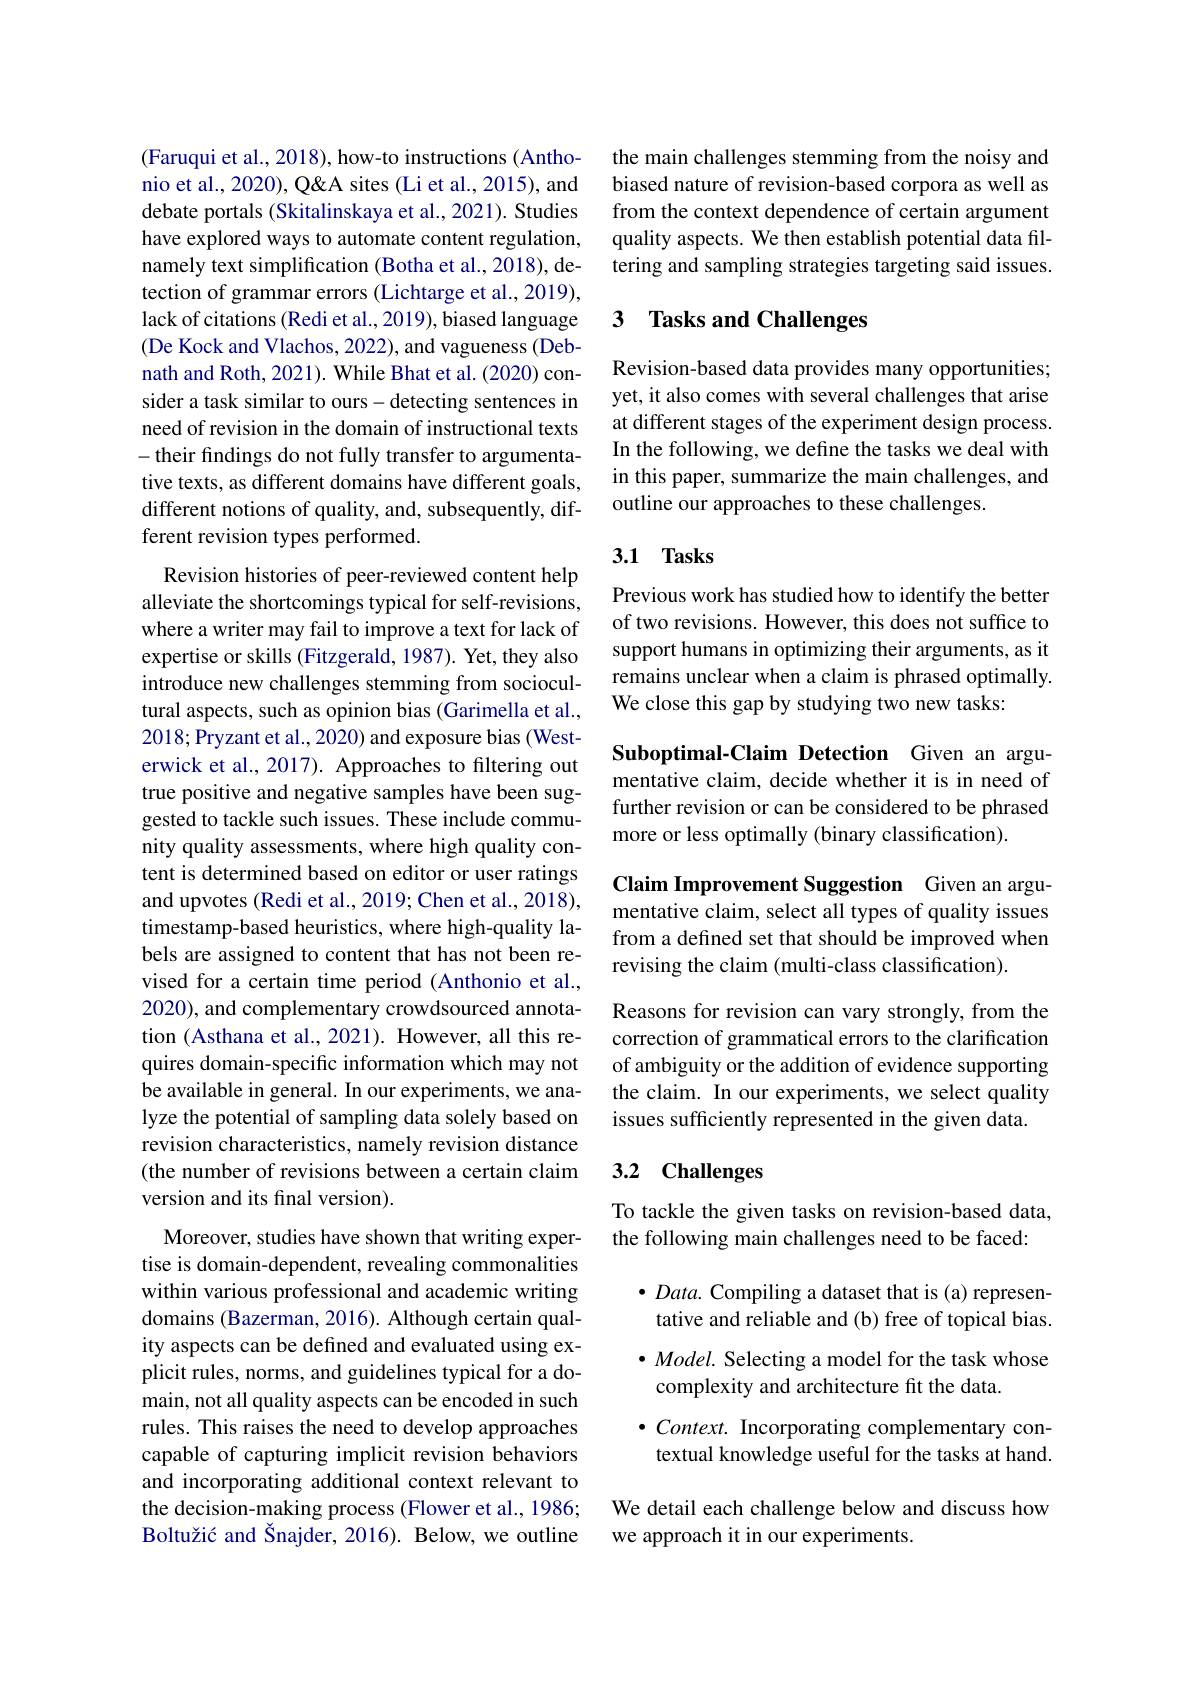
(Faruqui et al., 2018), how-to instructions (Anthonio et al., 2020), Q'' sites (Li et al., 2015), and debate portals (Skitalinskaya et al., 2021). Studies have explored ways to automate content regulation, namely text simplification (Botha et al., 2018), detection of grammar errors (Lichtarge et al., 2019), lack of citations (Redi et al., 2019), biased language (De Kock and Vlachos, 2022), and vagueness (Debnath and Roth, 2021). While Bhat et al. (2020) consider a task similar to ours-detecting sentences in need of revision in the domain of instructional texts -their findings do not fully transfer to argumentative texts, as different domains have different goals, different notions of quality, and, subsequently, different revision types performed.

Revision histories of peer-reviewed content help alleviate the shortcomings typical for self-revisions, where a writer may fail to improve a text for lack of expertise or skills (Fitzgerald, 1987). Yet, they also introduce new challenges stemming from sociocultural aspects, such as opinion bias (Garimella et al., 2018; Pryzant et al., 2020) and exposure bias (Westerwick et al., 2017). Approaches to filtering out true positive and negative samples have been suggested to tackle such issues. These include community quality assessments, where high quality content is determined based on editor or user ratings and upvotes (Redi et al., 2019; Chen et al., 2018), timestamp-based heuristics, where high-quality labels are assigned to content that has not been revised for a certain time period (Anthonio et al., 2020), and complementary crowdsourced annotation (Asthana et al., 2021). However, all this requires domain-specific information which may not be available in general. In our experiments, we analyze the potential of sampling data solely based on revision characteristics, namely revision distance (the number of revisions between a certain claim version and its final version).

Moreover, studies have shown that writing expertise is domain-dependent, revealing commonalities within various professional and academic writing domains (Bazerman, 2016). Although certain quality aspects can be defined and evaluated using explicit rules, norms, and guidelines typical for a domain, not all quality aspects can be encoded in such rules. This raises the need to develop approaches capable of capturing implicit revision behaviors and incorporating additional context relevant to the decision-making process (Flower et al., 1986; Boltužić and Šnajder, 2016). Below, we outline

the main challenges stemming from the noisy and biased nature of revision-based corpora as well as from the context dependence of certain argument quality aspects. We then establish potential data filtering and sampling strategies targeting said issues.

## 3 Tasks and Challenges

Revision-based data provides many opportunities; yet, it also comes with several challenges that arise at different stages of the experiment design process. In the following, we define the tasks we deal with in this paper, summarize the main challenges, and outline our approaches to these challenges.

### 3.1 Tasks

Previous work has studied how to identify the better of two revisions. However, this does not suffice to support humans in optimizing their arguments, as it remains unclear when a claim is phrased optimally. We close this gap by studying two new tasks:

Suboptimal-Claim Detection Given an argumentative claim, decide whether it is in need of further revision or can be considered to be phrased more or less optimally (binary classification).

Claim Improvement Suggestion Given an argumentative claim, select all types of quality issues from a defined set that should be improved when revising the claim (multi-class classification).

Reasons for revision can vary strongly, from the correction of grammatical errors to the clarification of ambiguity or the addition of evidence supporting the claim. In our experiments, we select quality issues sufficiently represented in the given data.

# 3.2 $\mathbf{Challenges}$

To tackle the given tasks on revision-based data,
the following main challenges need to be faced:

$\bullet Data.$ Compiling a dataset that is (a) representative and reliable and (b) free of topical bias. $\bullet Model.$ Selecting a model for the task whose complexity and architecture fit the data.
$\bullet Context.$ Incorporating complementary contextual knowledge useful for the tasks at hand.

We detail each challenge below and discuss how
we approach it in our experiments.